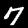
Label: 7